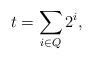
LaTeX: \begin{align*}t=\sum_{i \in Q} 2^i,\end{align*}